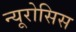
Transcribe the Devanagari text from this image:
न्यूरोसिस